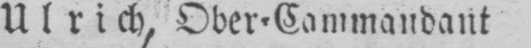
Ulrich, Ober⸗Cammandant